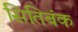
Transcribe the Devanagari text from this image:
सितिबंक